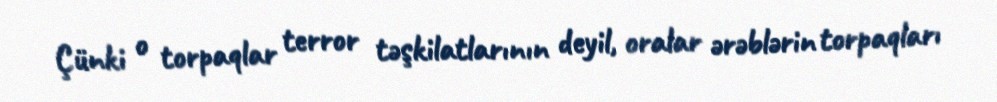
Çünki o torpaqlar terror təşkilatlarının deyil, oralar ərəblərin torpaqları